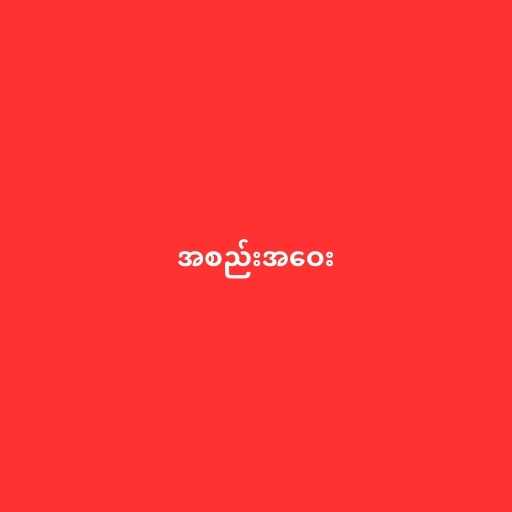
အစည်းအဝေး